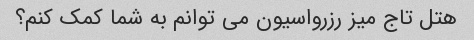
هتل تاج میز رزرواسیون می توانم به شما کمک کنم؟